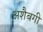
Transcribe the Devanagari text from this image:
अशैबगी